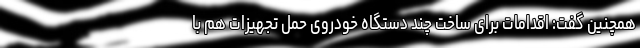
همچنین گفت: اقدامات برای ساخت چند دستگاه خودروی حمل تجهیزات هم با